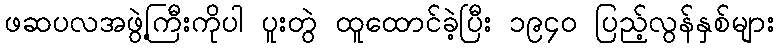
ဖဆပလအဖွဲ့ကြီးကိုပါ ပူးတွဲ ထူထောင်ခဲ့ပြီး ၁၉၄၀ ပြည့်လွန်နှစ်များ